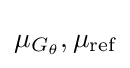
\mu _{G_{\theta }},\mu _{\text{ref}}